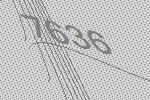
7636